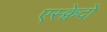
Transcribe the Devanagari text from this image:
एस्क्वेदों